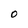
Character: 0